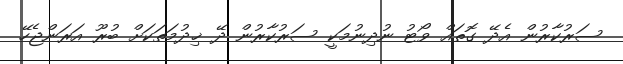
ސަރުކާރުން އެދޭ ގޮތައް ވޯޓު ނުދިނުމަކީ ސަރުކާރުން ދޭ ޚިދުމަތަކަށް ބުރޫ އަރަންޖެހޭ